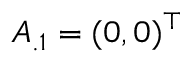
A _ { . 1 } = ( 0 , 0 ) ^ { \top }